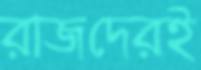
রাজদেরই